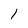
Character: 1